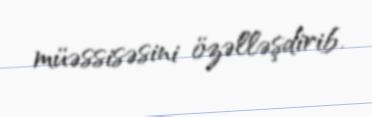
müəssisəsini özəlləşdirib.